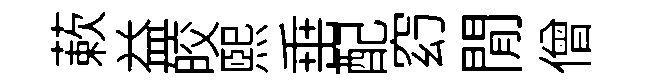
蔌益皎熙𡸁配𥥆閒僧